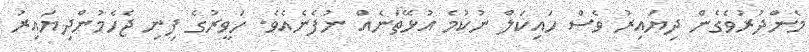
މެންދުރުވެގެން ދިޔައިރު ވެސް ހައިކަލް ނުކުމެ އުޅޭތަނެއް ނުފެނެއެވެ. ހަވީރުގެ ފިނި ޖެހެމުންދިޔައިރު